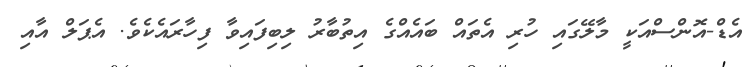
އެޑް-އޮންސްއަކީ މާލޭގައި ހުރި އެތައް ބައެއްގެ އިތުބާރު ލިބިފައިވާ ފިހާރައެކެވެ. އެޕަލް އާއި